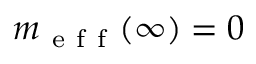
m _ { \mathrm { ~ e ~ f ~ f ~ } } ( \infty ) = 0